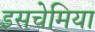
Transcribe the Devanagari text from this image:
इसचेमिया